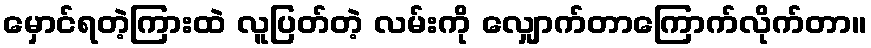
မှောင်ရတဲ့ကြားထဲ လူပြတ်တဲ့ လမ်းကို လျှောက်တာကြောက်လိုက်တာ။